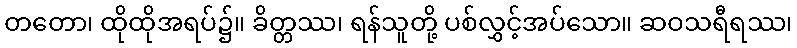
တတော၊ ထိုထိုအရပ်၌။ ခိတ္တဿ၊ ရန်သူတို့ ပစ်လွှင့်အပ်သော။ ဆဝသရီရဿ၊